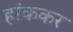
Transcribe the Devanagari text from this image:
हांककर